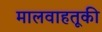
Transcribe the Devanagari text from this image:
मालवाहतूकी